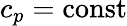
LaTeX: c_{p}=\mathrm{const}